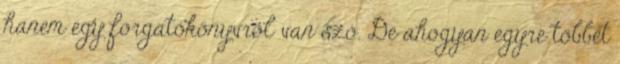
hanem egy forgatókönyvről van szó. De ahogyan egyre többet